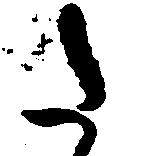
か